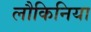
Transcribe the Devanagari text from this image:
लौकिनिया